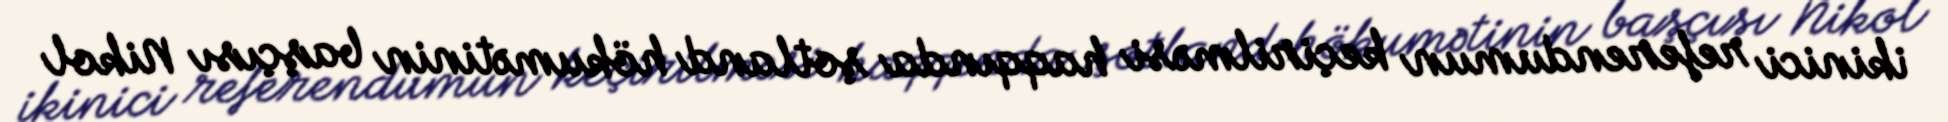
ikinici referendumun keçirilməsi haqqında şotland hökumətinin başçısı Nikol